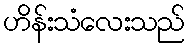
ဟိန်းသံလေးသည်